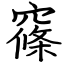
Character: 窱